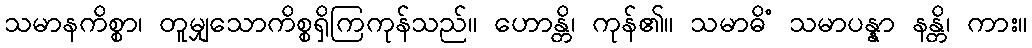
သမာနကိစ္စာ၊ တူမျှသောကိစ္စရှိကြကုန်သည်။ ဟောန္တိ၊ ကုန်၏။ သမာဓိံ သမာပန္နာ နန္တိ၊ ကား။